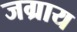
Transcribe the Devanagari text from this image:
जग्राय